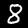
Label: 8